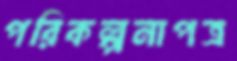
পরিকল্পনাপত্র